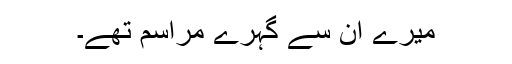
میرے ان سے گہرے مراسم تھے۔